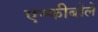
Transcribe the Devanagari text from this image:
एम्फीबोले